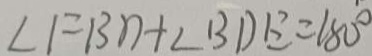
\angle F B D + \angle B D E = 1 8 0 ^ { \circ }